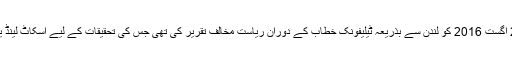
یاد رہے کہ الطاف حسین نے 22 اگست 2016 کو لندن سے بذریعہ ٹیلیفونک خطاب کے دوران ریاست مخالف تقریر کی تھی جس کی تحقیقات کے لیے اسکاٹ لینڈ یارڈ کی ٹیم بھی پاکستان آئی تھی۔